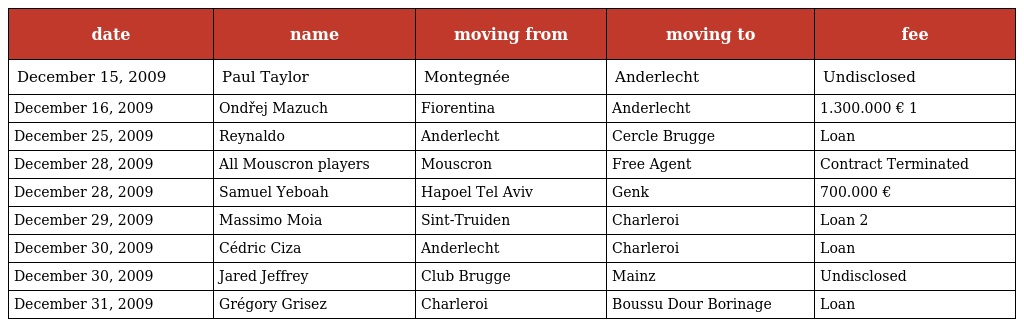
| date | name | moving from | moving to | fee |
 | --- | --- | --- | --- | --- |
 | December 15, 2009 | Paul Taylor | Montegnée | Anderlecht | Undisclosed |
 | December 16, 2009 | Ondřej Mazuch | Fiorentina | Anderlecht | 1.300.000 € 1 |
 | December 25, 2009 | Reynaldo | Anderlecht | Cercle Brugge | Loan |
 | December 28, 2009 | All Mouscron players | Mouscron | Free Agent | Contract Terminated |
 | December 28, 2009 | Samuel Yeboah | Hapoel Tel Aviv | Genk | 700.000 € |
 | December 29, 2009 | Massimo Moia | Sint-Truiden | Charleroi | Loan 2 |
 | December 30, 2009 | Cédric Ciza | Anderlecht | Charleroi | Loan |
 | December 30, 2009 | Jared Jeffrey | Club Brugge | Mainz | Undisclosed |
 | December 31, 2009 | Grégory Grisez | Charleroi | Boussu Dour Borinage | Loan |